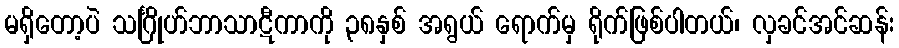
မရှိတော့ပဲ သင်္ဂြိုဟ်ဘာသာဋီကာကို ၃၈နှစ် အရွယ် ရောက်မှ ရိုက်ဖြစ်ပါတယ်၊ လှခင်အင်ဆန်း